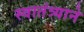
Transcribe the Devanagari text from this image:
स्वातंत्र्याने